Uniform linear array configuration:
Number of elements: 12
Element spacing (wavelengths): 0.5
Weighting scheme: hamming
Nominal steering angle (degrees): -60
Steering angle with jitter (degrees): -58.139
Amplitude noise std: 0.05
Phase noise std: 0.05

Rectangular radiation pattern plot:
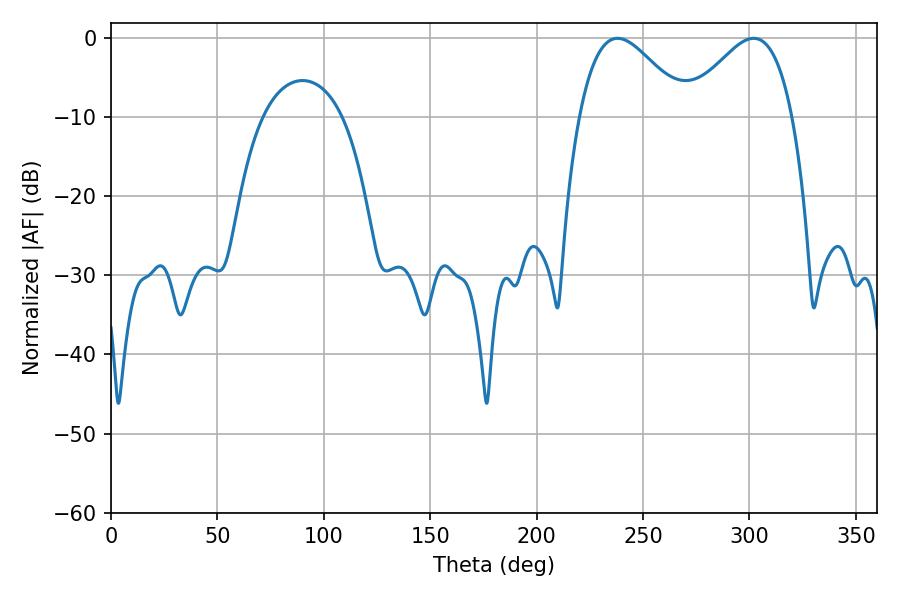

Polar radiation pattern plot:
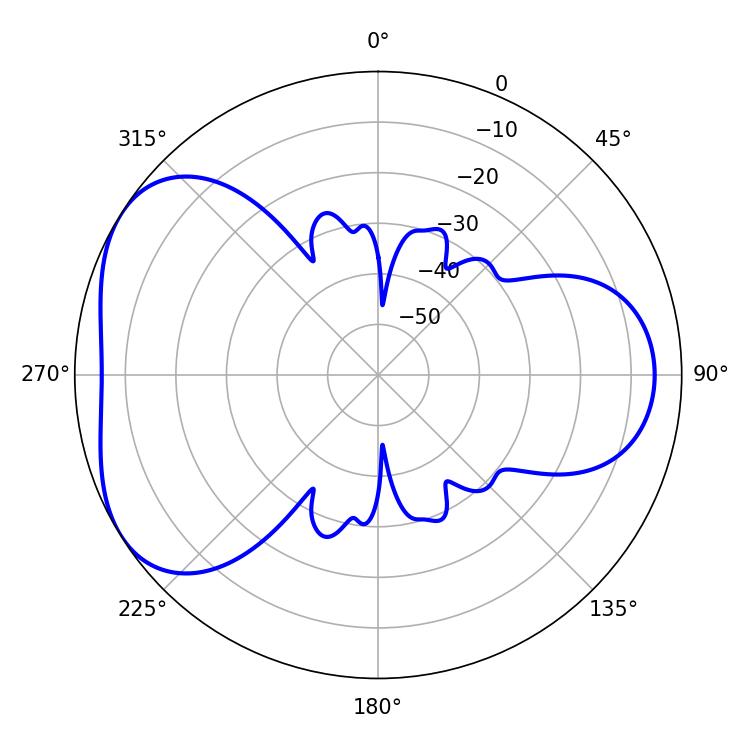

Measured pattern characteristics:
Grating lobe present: FALSE
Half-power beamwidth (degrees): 27.18
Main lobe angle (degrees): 237.96